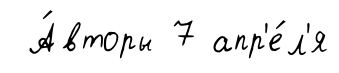
А́вторы 7 апр'е́л'я